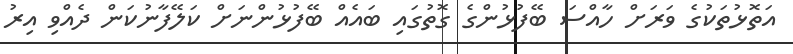
އަތޮޅުތަކުގެ ވަރަށް ހާއްސަ ބޭފުޅުންގެ ގޮތުގައި ބައެއް ބޭފުޅުންނަށް ކަލޭފާނުކަން ދެއްވި އިރު